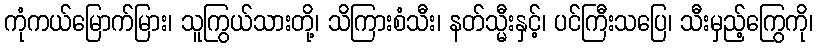
ကုံကယ်မြောက်မြား၊ သူကြွယ်သားတို့၊ သိကြားစံသီး၊ နတ်သ္မီးနှင့်၊ ပင်ကြီးသပြေ၊ သီးမှည့်ကြွေကို၊